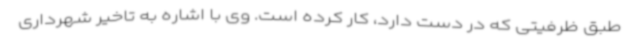
طبق ظرفیتی که در دست دارد، کار کرده است. وی با اشاره به تاخیر شهرداری